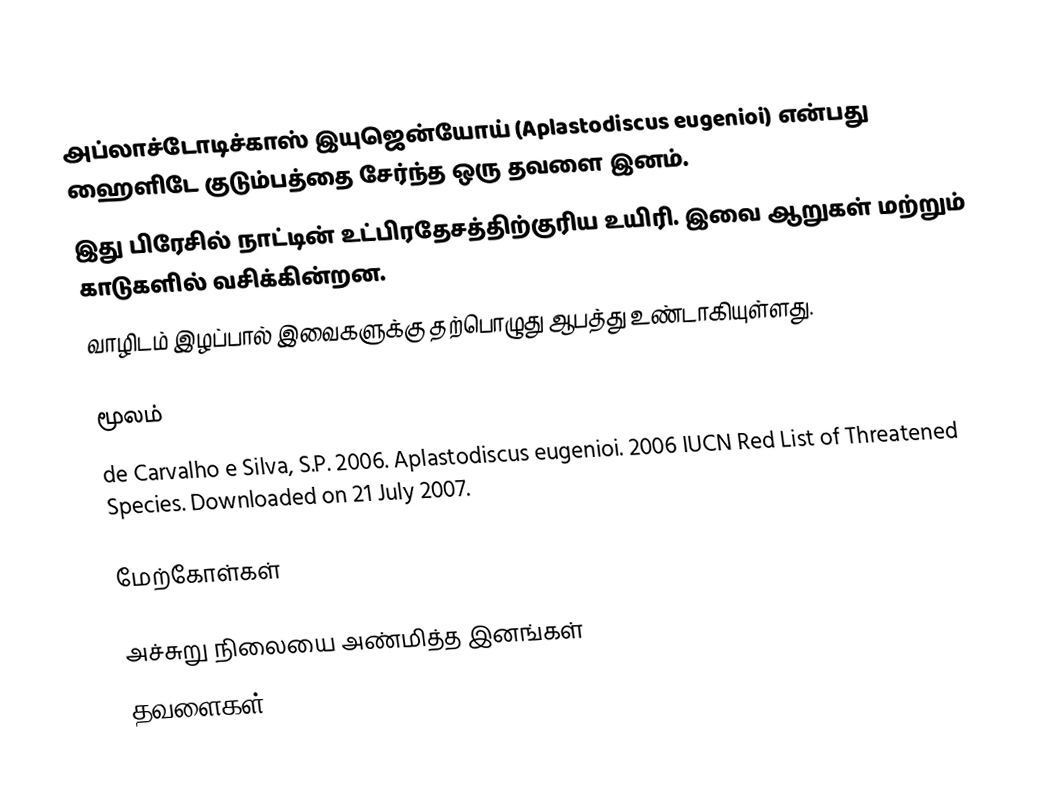
அப்லாச்டோடிச்காஸ் இயுஜென்யோய் (Aplastodiscus eugenioi) என்பது ஹைளிடே குடும்பத்தை சேர்ந்த ஒரு தவளை இனம்.
இது பிரேசில் நாட்டின் உட்பிரதேசத்திற்குரிய உயிரி. இவை ஆறுகள் மற்றும் காடுகளில் வசிக்கின்றன.
வாழிடம் இழப்பால் இவைகளுக்கு தற்பொழுது ஆபத்து உண்டாகியுள்ளது.

மூலம்
 de Carvalho e Silva, S.P. 2006.  Aplastodiscus eugenioi.   2006 IUCN Red List of Threatened Species.   Downloaded on 21 July 2007.

மேற்கோள்கள்

அச்சுறு நிலையை அண்மித்த இனங்கள்
தவளைகள்